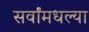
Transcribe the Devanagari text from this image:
सर्वांमधल्या